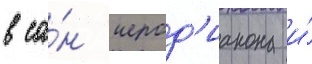
в са́н иерод'иакона и́